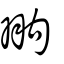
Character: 翑